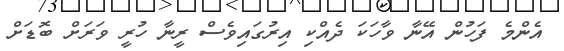
އެންމެ ފަހުން އޭނާ ވާހަކަ ދެއްކި އިރުގައިވެސް ރީނާ ހުރީ ވަރަށް ބޮޑަށް